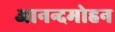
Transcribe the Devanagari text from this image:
आनन्दमोहन